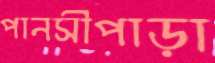
পানসীপাড়া